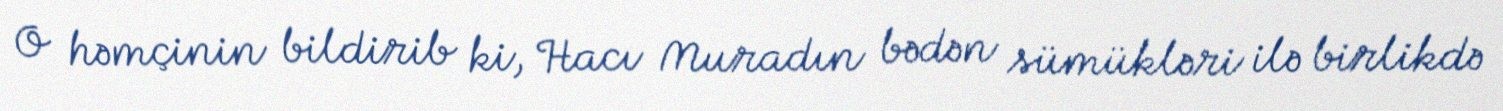
O həmçinin bildirib ki, Hacı Muradın bədən sümükləri ilə birlikdə